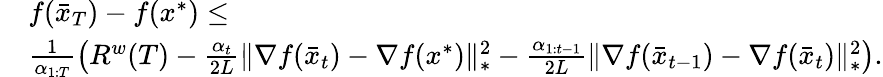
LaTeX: \begin{array}{rl}&{f(\bar{x}_{T})-f(x^{*})\leq}\\ &{\frac{1}{\alpha_{1:T}}\left(R^{w}(T)-\frac{\alpha_{t}}{2L}\| \nabla f(\bar{x}_{t})-\nabla f(x^{*})\| _{*}^{2}-\frac{\alpha_{1:t-1}}{2L}\| \nabla f(\bar{x}_{t-1})-\nabla f(\bar{x}_{t})\| _{*}^{2}\right).}\end{array}